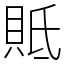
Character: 貾